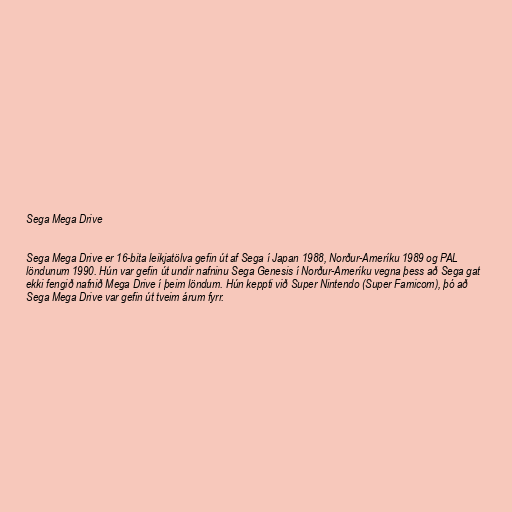
Sega Mega Drive

Sega Mega Drive er 16-bita leikjatölva gefin út af Sega í Japan 1988, Norður-Ameríku 1989 og PAL
löndunum 1990. Hún var gefin út undir nafninu Sega Genesis í Norður-Ameríku vegna þess að Sega gat
ekki fengið nafnið Mega Drive í þeim löndum. Hún keppti við Super Nintendo (Super Famicom), þó að
Sega Mega Drive var gefin út tveim árum fyrr.